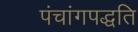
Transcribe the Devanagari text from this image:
पंचांगपद्धति